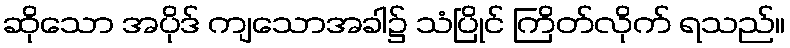
ဆိုသော အပိုဒ် ကျသောအခါ၌ သံပြိုင် ကြိတ်လိုက် ရသည်။